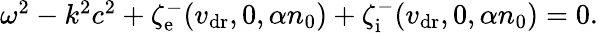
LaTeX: \begin{array}{r}{\omega^{2}-k^{2}c^{2}+\zeta_{\mathrm{e}}^{-}(v_{\mathrm{dr}},0,\alpha n_{0})+\zeta_{\mathrm{i}}^{-}(v_{\mathrm{dr}},0,\alpha n_{0})=0.}\end{array}